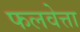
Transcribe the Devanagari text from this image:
फलवेत्ता